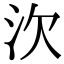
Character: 㳄